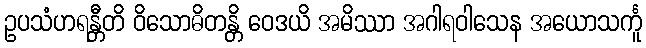
ဥပသံဟရန္တီတိ ဝိသောဓိတန္တိ ဝေဒယိ အမိဿာ အဂါရဝါသေန အယောသင်္ကူ